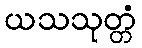
ယသသုတ္တံ